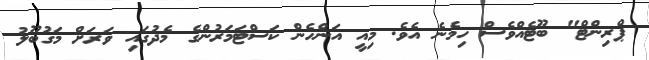
ޕްރިންޓް" ބޫޓެއްވެސް ހިމެނެ އެވެ. މިއީ އަންހެން ކަސްޓަމަރުންގެ މެދުގައި ވަރަށް މަގުބޫލު